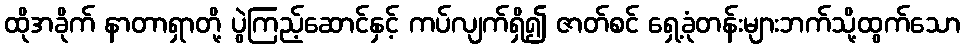
ထိုအခိုက် နာတာရှာတို့ ပွဲကြည့်ဆောင်နှင့် ကပ်လျက်ရှိ၍ ဇာတ်စင် ရှေ့ခုံတန်းများဘက်သို့ထွက်သော